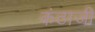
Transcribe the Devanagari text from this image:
कंठाजी